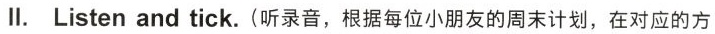
Ⅱ.Listenand tick.(听录音，根据每位小朋友的周末计划，在对应的方